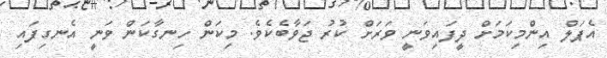
އެޕަލް އިންމިކަމަށް ދީފައިވަނީ ވަރަށް ކުރު ޖަވާބެކެވެ. މިކަން ހިނގާކަން ވަނީ އެނގިފައި